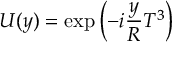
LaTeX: U ( y ) = \exp \left( - i \frac { y } { R } T ^ { 3 } \right)